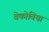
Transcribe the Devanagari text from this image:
वेकोविया